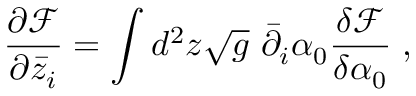
\ensuremath { \frac { \partial \mathcal F } { \partial \bar { z } _ { i } } } = \int d ^ { 2 } z \sqrt { g } \ \bar { \partial } _ { i } \alpha _ { 0 } \frac { \delta \mathcal F } { \delta \alpha _ { 0 } } \; ,